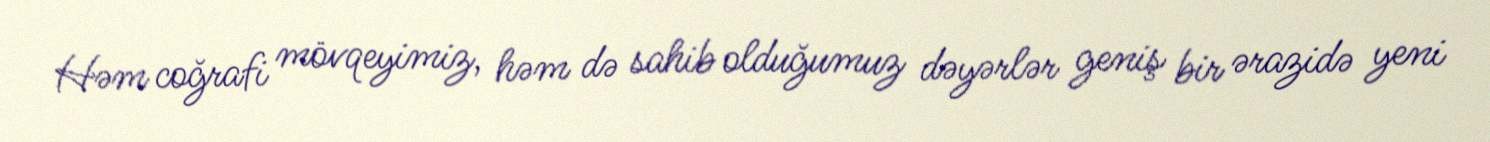
Həm coğrafi mövqeyimiz, həm də sahib olduğumuz dəyərlər geniş bir ərazidə yeni